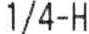
1/4-H